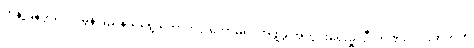
တုန့်ပြန်ခဲ့သလို၊ မွန်ပြည်နယ်ရွေးကောက်ပွဲ ကော်မရှင်အဖွဲ့ခွဲ အတွင်းရေးမှူး ဦးဟိဏ်းလင်းထက်ကို